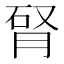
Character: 𦛯